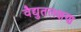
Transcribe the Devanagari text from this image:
वैद्युतलक्षण